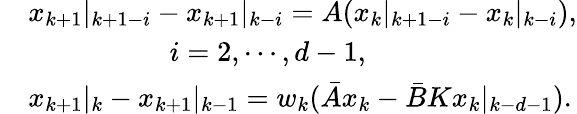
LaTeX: \begin{array}{rl}&{x_{k+1}|_{k+1-i}-x_{k+1}|_{k-i}=A(x_{k}|_{k+1-i}-x_{k}|_{k-i}),}\\ &{~~~~~~~~~~~~~~~~~~~~i=2,\cdots,d-1,}\\ &{x_{k+1}|_{k}-x_{k+1}|_{k-1}=w_{k}(\bar{A}x_{k}-\bar{B}Kx_{k}|_{k-d-1}).}\end{array}